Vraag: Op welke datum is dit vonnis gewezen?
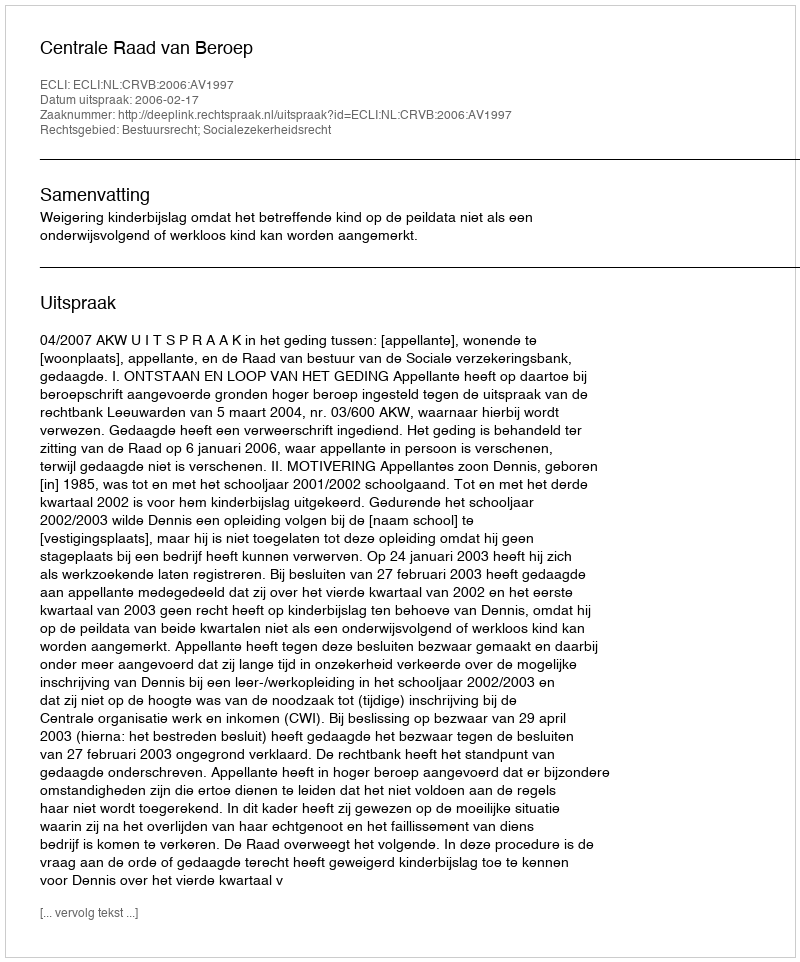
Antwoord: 2006-02-17